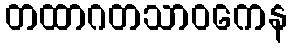
တထာဂတသာဝကေန